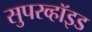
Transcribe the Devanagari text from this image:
सुपरव्हॉइड